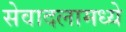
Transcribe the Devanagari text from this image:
सेवादलामध्ये